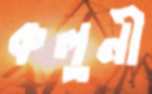
কলুনী